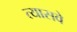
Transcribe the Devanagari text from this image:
त्यासवे